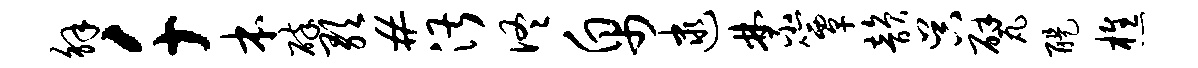
解千本碎歌#湛佟帛逮禁簟韵吴甓醍樵